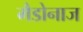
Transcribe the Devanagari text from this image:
मैडोनाज